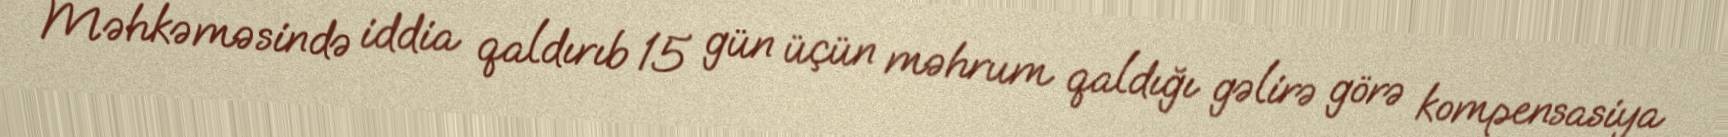
Məhkəməsində iddia qaldırıb 15 gün üçün məhrum qaldığı gəlirə görə kompensasiya